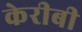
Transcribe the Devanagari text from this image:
केरीबी